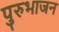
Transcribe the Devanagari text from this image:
पुरुभाजन